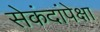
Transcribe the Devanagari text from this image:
सेकंदांपेक्षा